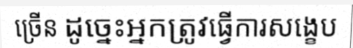
ច្រើន ដូច្នេះអ្នកត្រូវធ្វើការសង្ខេប